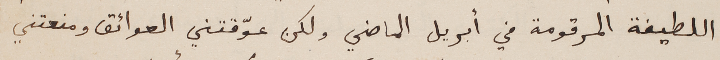
اللطيفة المرقومة في أبريل الماضي ولكن عوّقتني العوائق ومنعتني